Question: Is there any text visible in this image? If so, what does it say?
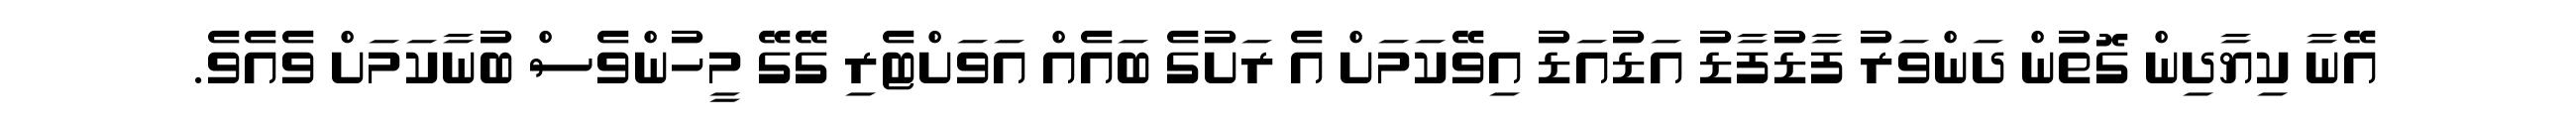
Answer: އޭނާ ކިޔާދިން ގޮތުން ދަންވަރު ފާޑުފާޑު އަޑުއަޑު އިވޭކަމަށް އެ ރަށުގެ ބައެއް އަވަށްޓެރި ގޭގޭ މީހުންވެސް ބުނާކަމަށް ވެއެވެ.